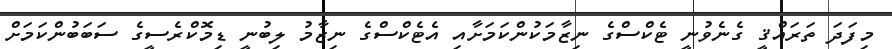
މިފަދަ ތަރައްޤީ ގެނެވުނީ ޓެކްސްގެ ނިޒާމަކުންކަމަށާއި އެޓެކްސްގެ ނިޒާމު ލިބުނީ ޑިމޮކްރެސީގެ ސަބަބުންކަމަށް